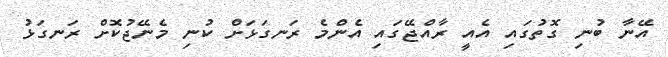
އޭނާ ބުނި ގޮތުގައި އެއީ ރާއްޖޭގައި އެންމެ ރަނގަޅަށް ކުނި މެނޭޖުކޮށް ރަނގަޅު